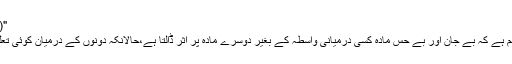
"(صفحہ 51)
"یہ ناقابل فہم ہے کہ بے جان اور بے حس مادہ کسی درمیانی واسطہ کے بغیر دوسرے مادہ پر اثر ڈالتا ہے،حالانکہ دونوں کے درمیان کوئی تعلق نہیں ہوتا۔